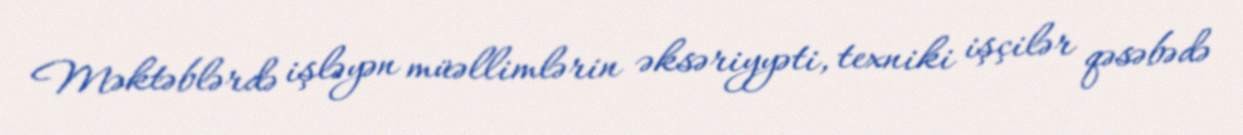
Məktəblərdə işləyən müəllimlərin əksəriyyəti, texniki işçilər qəsəbədə